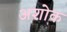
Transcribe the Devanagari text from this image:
अशोक